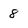
Character: 8